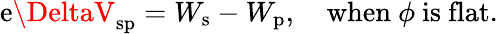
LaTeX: \mathrm{e}\DeltaV_{\mathrm{{{sp}}}}=W_{\mathrm{{{s}}}}-W_{\mathrm{{{p}}}},\quad{\mathrm{{wh\mathrm{e}n}}}~\phi~{\mathrm{{is~flat}}}.